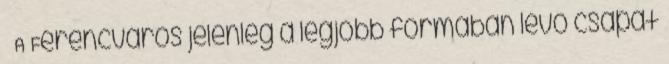
– A Ferencváros jelenleg a legjobb formában lévő csapat